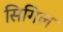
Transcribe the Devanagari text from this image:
सिगिल